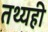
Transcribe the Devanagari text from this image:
तथ्यही